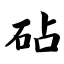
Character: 砧